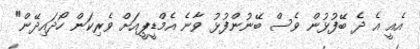
އެއީ އެ ދެ ބޭފުޅުން ވެސް ބޭނުންފުޅު ވާނެ އެމްޑީޕީއަށް ވެރިކަން ހޯދައިދޭން"